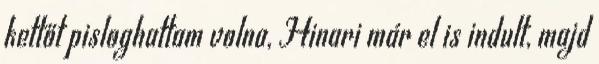
kettőt pisloghattam volna, Hinari már el is indult, majd